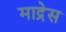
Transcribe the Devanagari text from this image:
माद्रेस